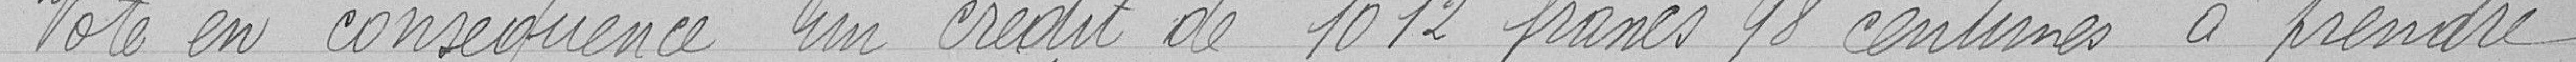
Vote en conséquence un crédit de 1012 francs 98 centimes à prendre